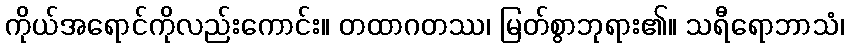
ကိုယ်အရောင်ကိုလည်းကောင်း။ တထာဂတဿ၊ မြတ်စွာဘုရား၏။ သရီရောဘာသံ၊